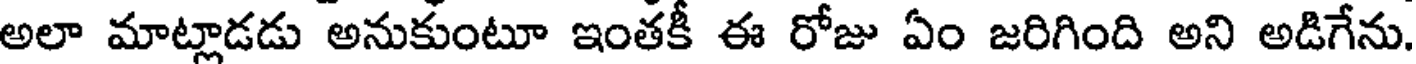
అలా మాట్లాడడు అనుకుంటూ ఇంతకీ ఈ రోజు ఏం జరిగింది అని అడిగేను